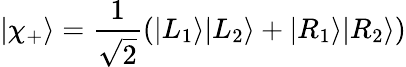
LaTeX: |\chi_{+}\rangle=\frac{1}{\sqrt{2}}(|L_{1}\rangle|L_{2}\rangle+|R_{1}\rangle|R_{2}\rangle)